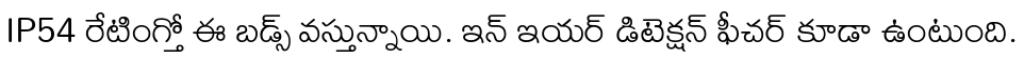
IP54 రేటింగ్తో ఈ బడ్స్ వస్తున్నాయి. ఇన్ ఇయర్ డిటెక్షన్ ఫీచర్ కూడా ఉంటుంది.